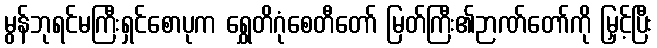
မွန်ဘုရင်မကြီးရှင်စောပုက ရွှေတိဂုံစေတီတော် မြတ်ကြီး၏ဉာဏ်တော်ကို မြှင့်ပြီး